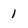
Character: 1